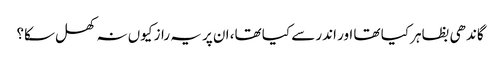
گاندھی بظاہر کیا تھا اور اندر سے کیا تھا، ان پر یہ راز کیوں نہ کھل سکا؟